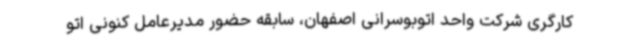
کارگری شرکت واحد اتوبوسرانی اصفهان، سابقه حضور مدیرعامل کنونی اتو